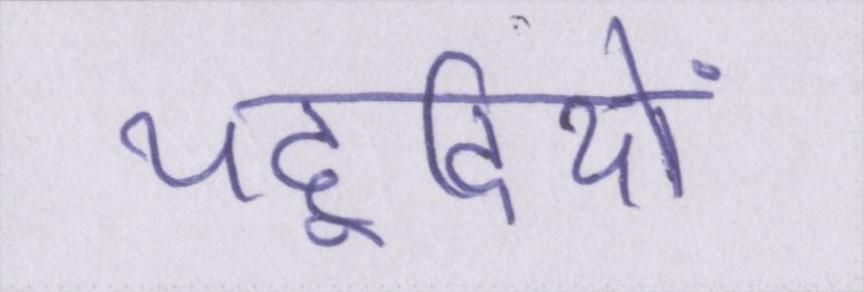
यहूदियों